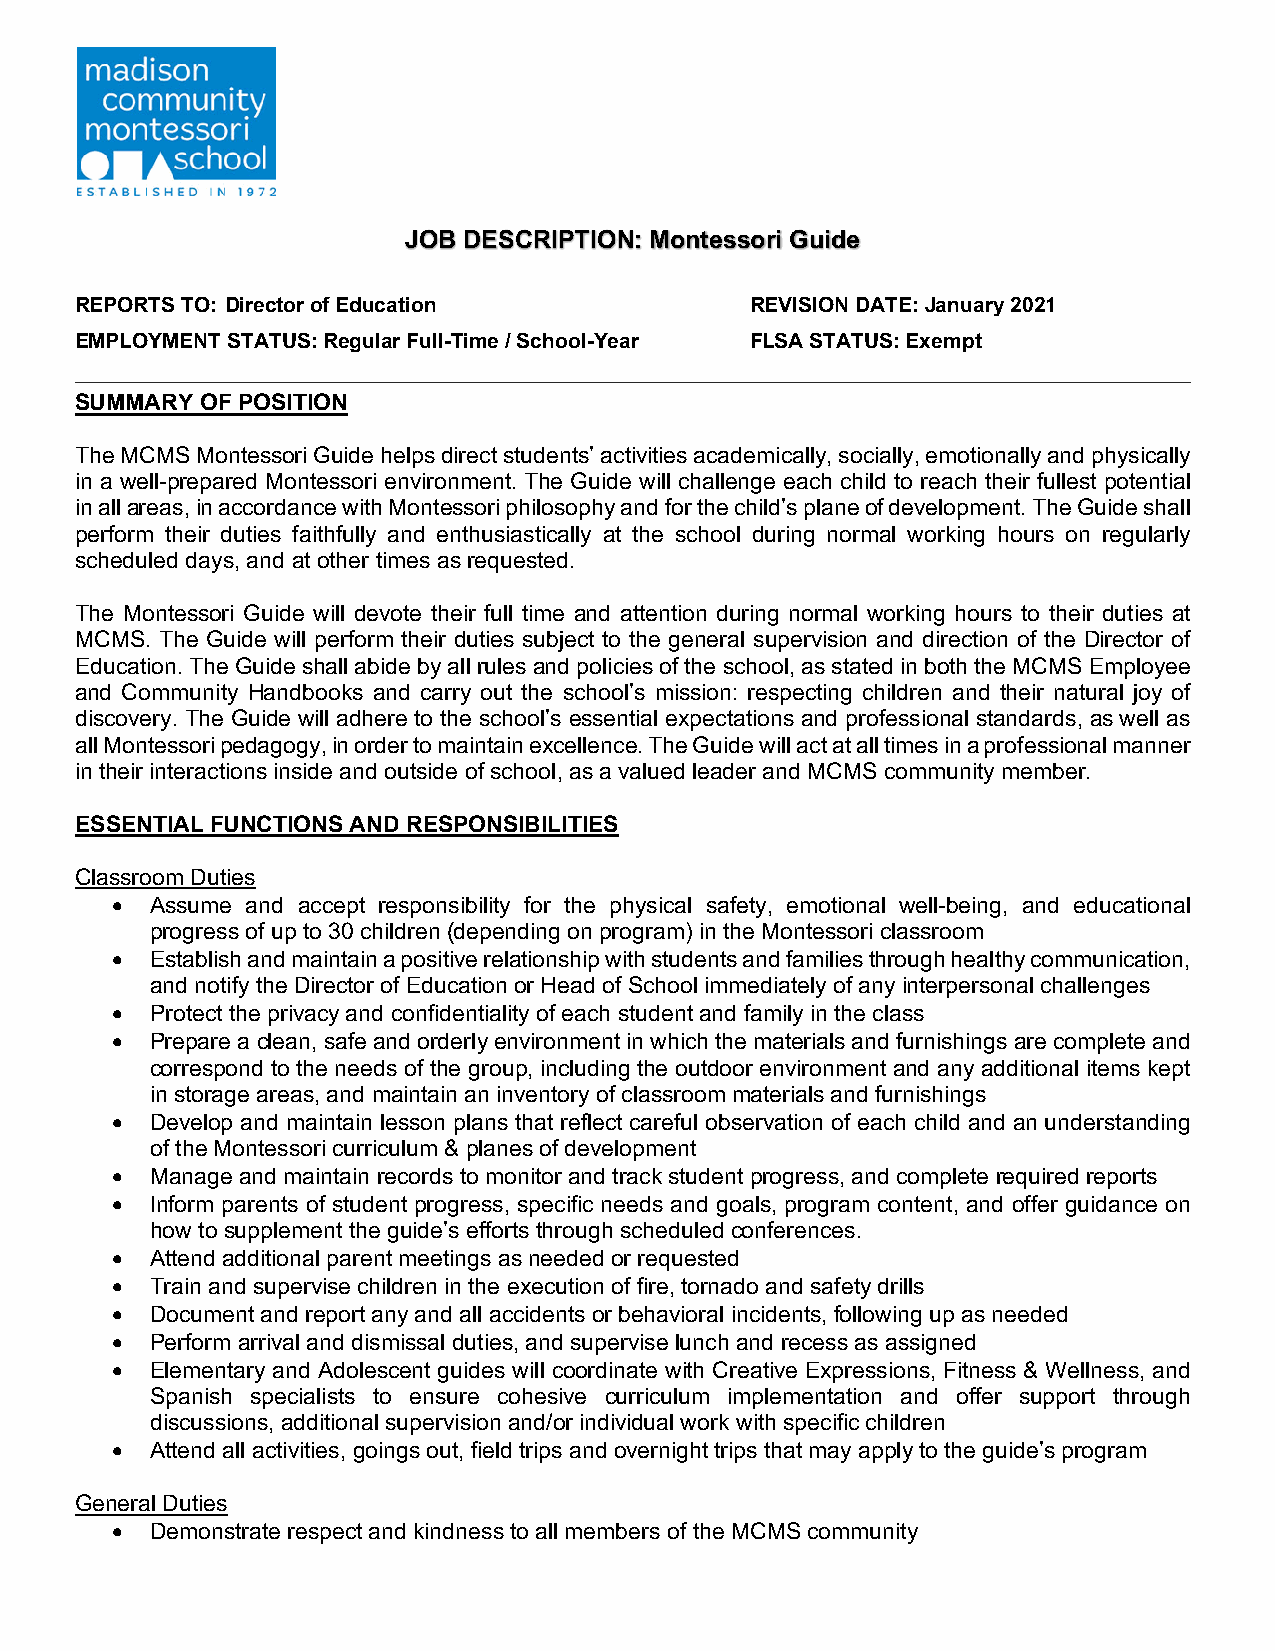
JOB DESCRIPTION: Montessori Guide
 REPORTS TO: Director of Education            REVISION DATE: January 2021
 EMPLOYMENT STATUS: Regular Full-Time / School-Year FLSA STATUS: Exempt
 SUMMARY OF POSITION
 The MCMS Montessori Guide helps direct students’ activities academically, socially, emotionally and physically
 in a well-prepared Montessori environment. The Guide will challenge each child to reach their fullest potential
 in all areas, in accordance with Montessori philosophy and for the child’s plane of development. The Guide shall
 perform their duties faithfully and enthusiastically at the school during normal working hours on regularly
 scheduled days, and at other times as requested.
 The Montessori Guide will devote their full time and attention during normal working hours to their duties at
 MCMS. The Guide will perform their duties subject to the general supervision and direction of the Director of
 Education. The Guide shall abide by all rules and policies of the school, as stated in both the MCMS Employee
 and Community Handbooks and carry out the school’s mission: respecting children and their natural joy of
 discovery. The Guide will adhere to the school’s essential expectations and professional standards, as well as
 all Montessori pedagogy, in order to maintain excellence. The Guide will act at all times in a professional manner
 in their interactions inside and outside of school, as a valued leader and MCMS community member.
 ESSENTIAL FUNCTIONS AND RESPONSIBILITIES
 Classroom Duties
 •  Assume and accept responsibility for the physical safety, emotional well-being, and educational
 progress of up to 30 children (depending on program) in the Montessori classroom
 •  Establish and maintain a positive relationship with students and families through healthy communication,
 and notify the Director of Education or Head of School immediately of any interpersonal challenges
 •  Protect the privacy and confidentiality of each student and family in the class
 •  Prepare a clean, safe and orderly environment in which the materials and furnishings are complete and
 correspond to the needs of the group, including the outdoor environment and any additional items kept
 in storage areas, and maintain an inventory of classroom materials and furnishings
 •  Develop and maintain lesson plans that reflect careful observation of each child and an understanding
 of the Montessori curriculum & planes of development
 •  Manage and maintain records to monitor and track student progress, and complete required reports
 •  Inform parents of student progress, specific needs and goals, program content, and offer guidance on
 how to supplement the guide’s efforts through scheduled conferences.
 •  Attend additional parent meetings as needed or requested
 •  Train and supervise children in the execution of fire, tornado and safety drills
 •  Document and report any and all accidents or behavioral incidents, following up as needed
 •  Perform arrival and dismissal duties, and supervise lunch and recess as assigned
 •  Elementary and Adolescent guides will coordinate with Creative Expressions, Fitness & Wellness, and
 Spanish specialists to ensure cohesive curriculum implementation and offer support through
 discussions, additional supervision and/or individual work with specific children
 •  Attend all activities, goings out, field trips and overnight trips that may apply to the guide’s program
 General Duties
 •  Demonstrate respect and kindness to all members of the MCMS community